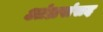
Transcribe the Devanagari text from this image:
आंध्रसंसद